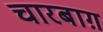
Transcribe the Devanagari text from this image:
चारबाग़